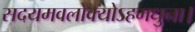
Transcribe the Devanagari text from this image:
सदयमवलोक्योऽहमधुना।